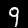
Label: 9